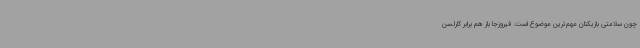
چون سلامتی بازیکنان مهم‌ترین موضوع است. فیروزجا باز هم برابر کارلسن